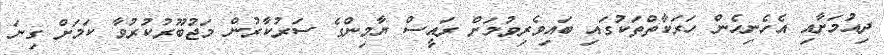
ދިއުމަށާއި އެހެނިހެން ހަރަކާތްތަކުގައި ބައިވެރިވުމަށް ރައީސް ޔާމިންގެ ސަރުކާރުން މަޖުބޫރުކުރުވާ ކަމަށް ގިނަ